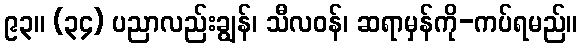
၉၃။ (၃၄) ပညာလည်းချွန်၊ သီလဝန်၊ ဆရာမှန်ကို-ကပ်ရမည်။